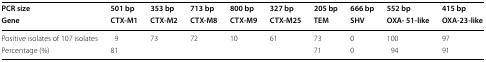
<table><thead><tr><td><b>PCR size</b></td><td><b>501 bp</b></td><td><b>353 bp</b></td><td><b>713 bp</b></td><td><b>800 bp</b></td><td><b>327 bp</b></td><td><b>205 bp</b></td><td><b>666 bp</b></td><td><b>552 bp</b></td><td><b>415 bp</b></td></tr><tr><td><b>Gene</b></td><td><b>CTX-M1</b></td><td><b>CTX-M2</b></td><td><b>CTX-M8</b></td><td><b>CTX-M9</b></td><td><b>CTX-M25</b></td><td><b>TEM</b></td><td><b>SHV</b></td><td><b>OXA- 51-like</b></td><td><b>OXA-23-like</b></td></tr></thead><tbody><tr><td>Positive isolates of 107 isolates</td><td>9</td><td>73</td><td>72</td><td>10</td><td>61</td><td>73</td><td>0</td><td>100</td><td>97</td></tr><tr><td>Percentage (%)</td><td colspan="5">81</td><td>71</td><td>0</td><td>94</td><td>91</td></tr></tbody></table>